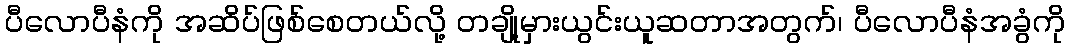
ပီလောပီနံကို အဆိပ်ဖြစ်စေတယ်လို့ တချို့မှားယွင်းယူဆတာအတွက်၊ ပီလောပီနံအခွံကို